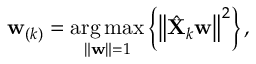
\mathbf { w } _ { ( k ) } = \underset { \| \mathbf { w } \| = 1 } { \arg \operatorname* { m a x } } \left\{ \left\| \hat { \mathbf { X } } _ { k } \mathbf { w } \right\| ^ { 2 } \right\} ,